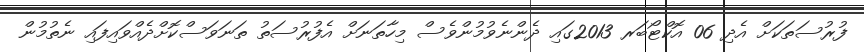
ފުރުސަތަކަށް އެދި 06 އޮކްޓޯބަރ 2013ގައި ދެންނެވުމުންވެސް މިހާތަނަށް އެފުރުސަތު ތަނަވަސްކޮށްދެއްވައިފައި ނެތުމުން